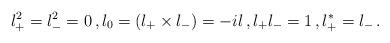
LaTeX: \begin{align*}l^2_+=l^2_-=0\,, l_0=(l_+\times l_-)=-il\,, l_+l_-=1\,,l^*_+=l_-\,.\end{align*}